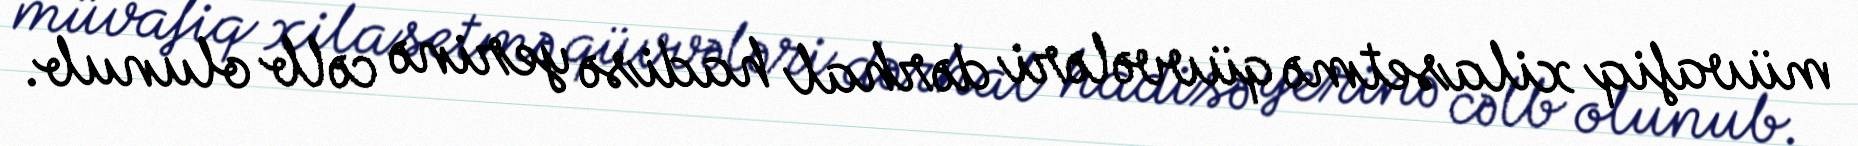
müvafiq xilasetmə qüvvələri dərhal hadisə yerinə cəlb olunub.